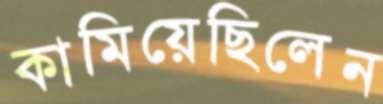
কামিয়েছিলেন